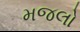
મજલો